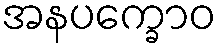
အနပက္ခောဝ